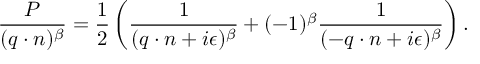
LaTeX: \frac { P } { ( q \cdot n ) ^ { \beta } } = \frac { 1 } { 2 } \left( \frac { 1 } { ( q \cdot n + i \epsilon ) ^ { \beta } } + ( - 1 ) ^ { \beta } \frac { 1 } { ( - q \cdot n + i \epsilon ) ^ { \beta } } \right) .